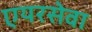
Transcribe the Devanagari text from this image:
एयरसेवा